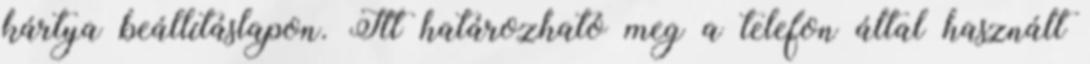
kártya beállításlapon. Itt határozható meg a telefon által használt